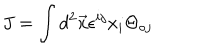
J = \int d ^ { 2 } \vec { x } \epsilon ^ { i j } x _ { i } \Theta _ { \circ j }